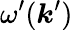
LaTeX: \omega^{\prime}(\boldsymbol{k}^{\prime})